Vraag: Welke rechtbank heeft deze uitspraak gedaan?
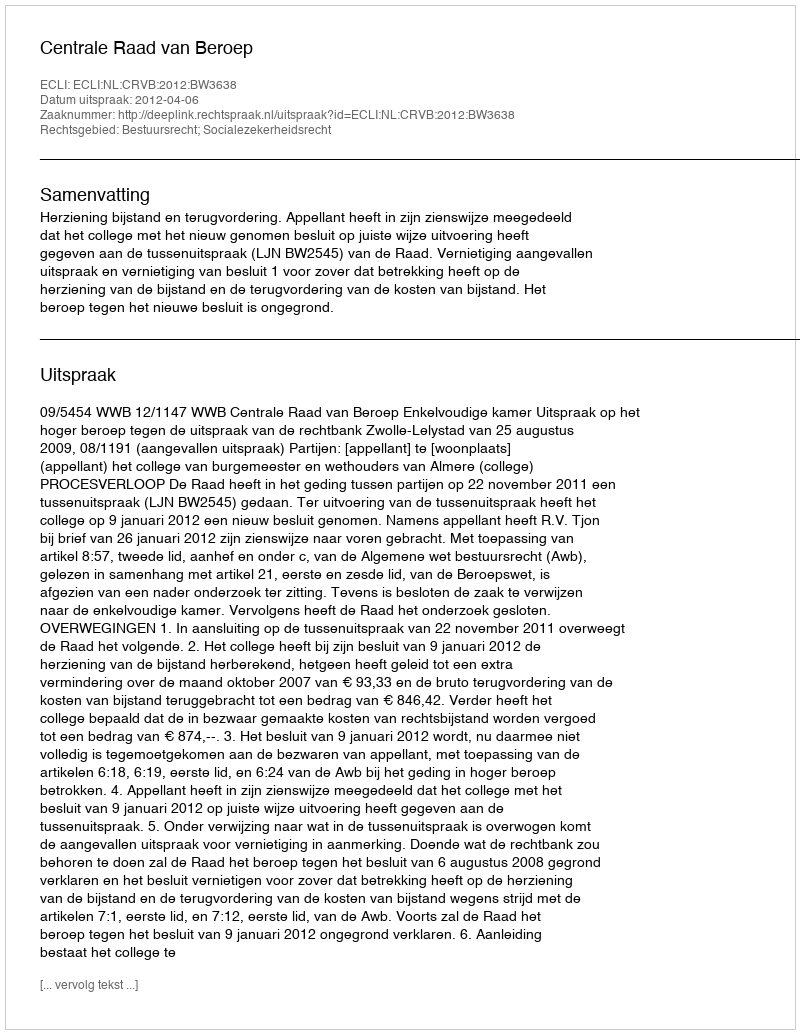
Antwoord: Centrale Raad van Beroep